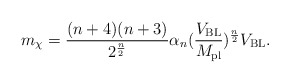
\begin{align*}m_\chi = \frac{(n +4)(n + 3)}{2^{\frac{n}{2}}}\alpha_{n}(\frac{V_{\rm BL}}{M_{\rm pl}})^{\frac{n}{2}}V_{\rm BL}.\end{align*}